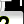
Digit: 2